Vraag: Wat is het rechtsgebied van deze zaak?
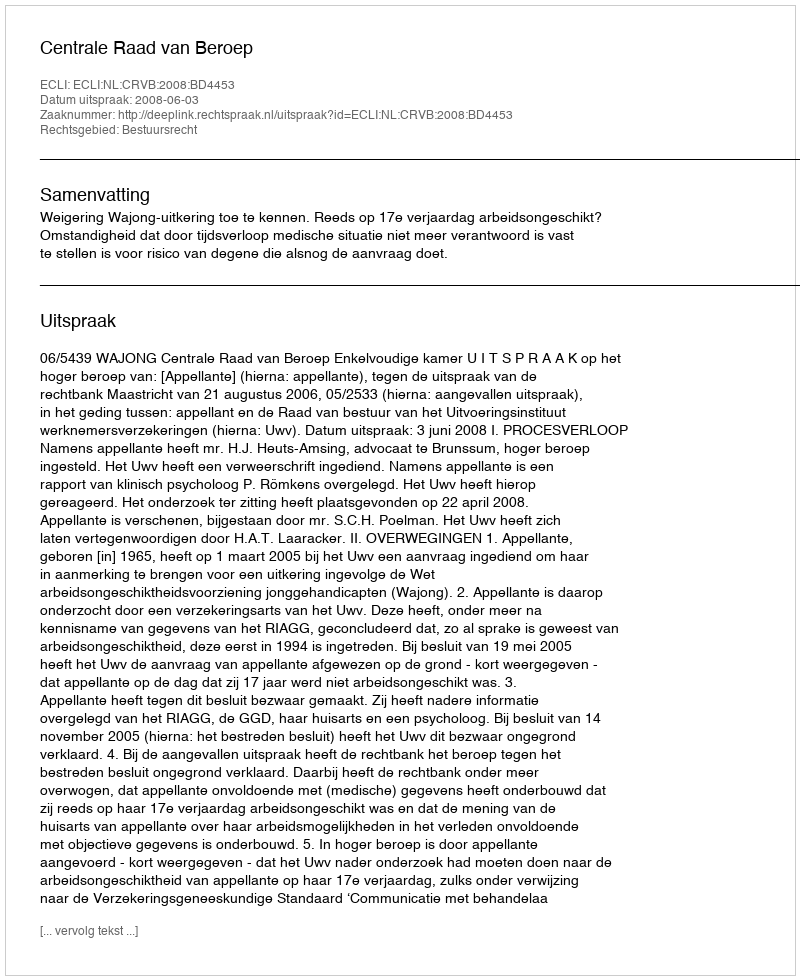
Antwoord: Bestuursrecht